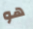
هو